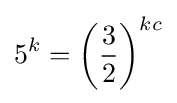
5^{k}=\left({\frac {3}{2}}\right)^{kc}